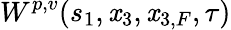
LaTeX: W^{p,v}(s_{1},\mathit{x}_{3},\mathit{x}_{3,F},\tau)